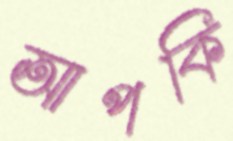
আপকি